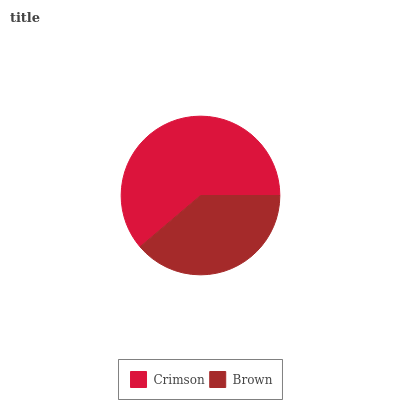
| Crimson | Brown |
 | --- | --- |
 | 61.2% | 38.8% |